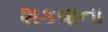
શકવાના